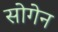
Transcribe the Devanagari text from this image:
सोगेन